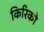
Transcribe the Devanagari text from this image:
किरिको